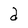
Character: d